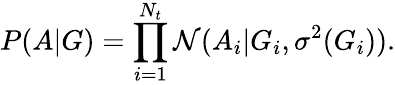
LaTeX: P(A|G)=\prod_{i=1}^{N_{t}}\mathcal{N}(A_{i}|G_{i},\sigma^{2}(G_{i})).